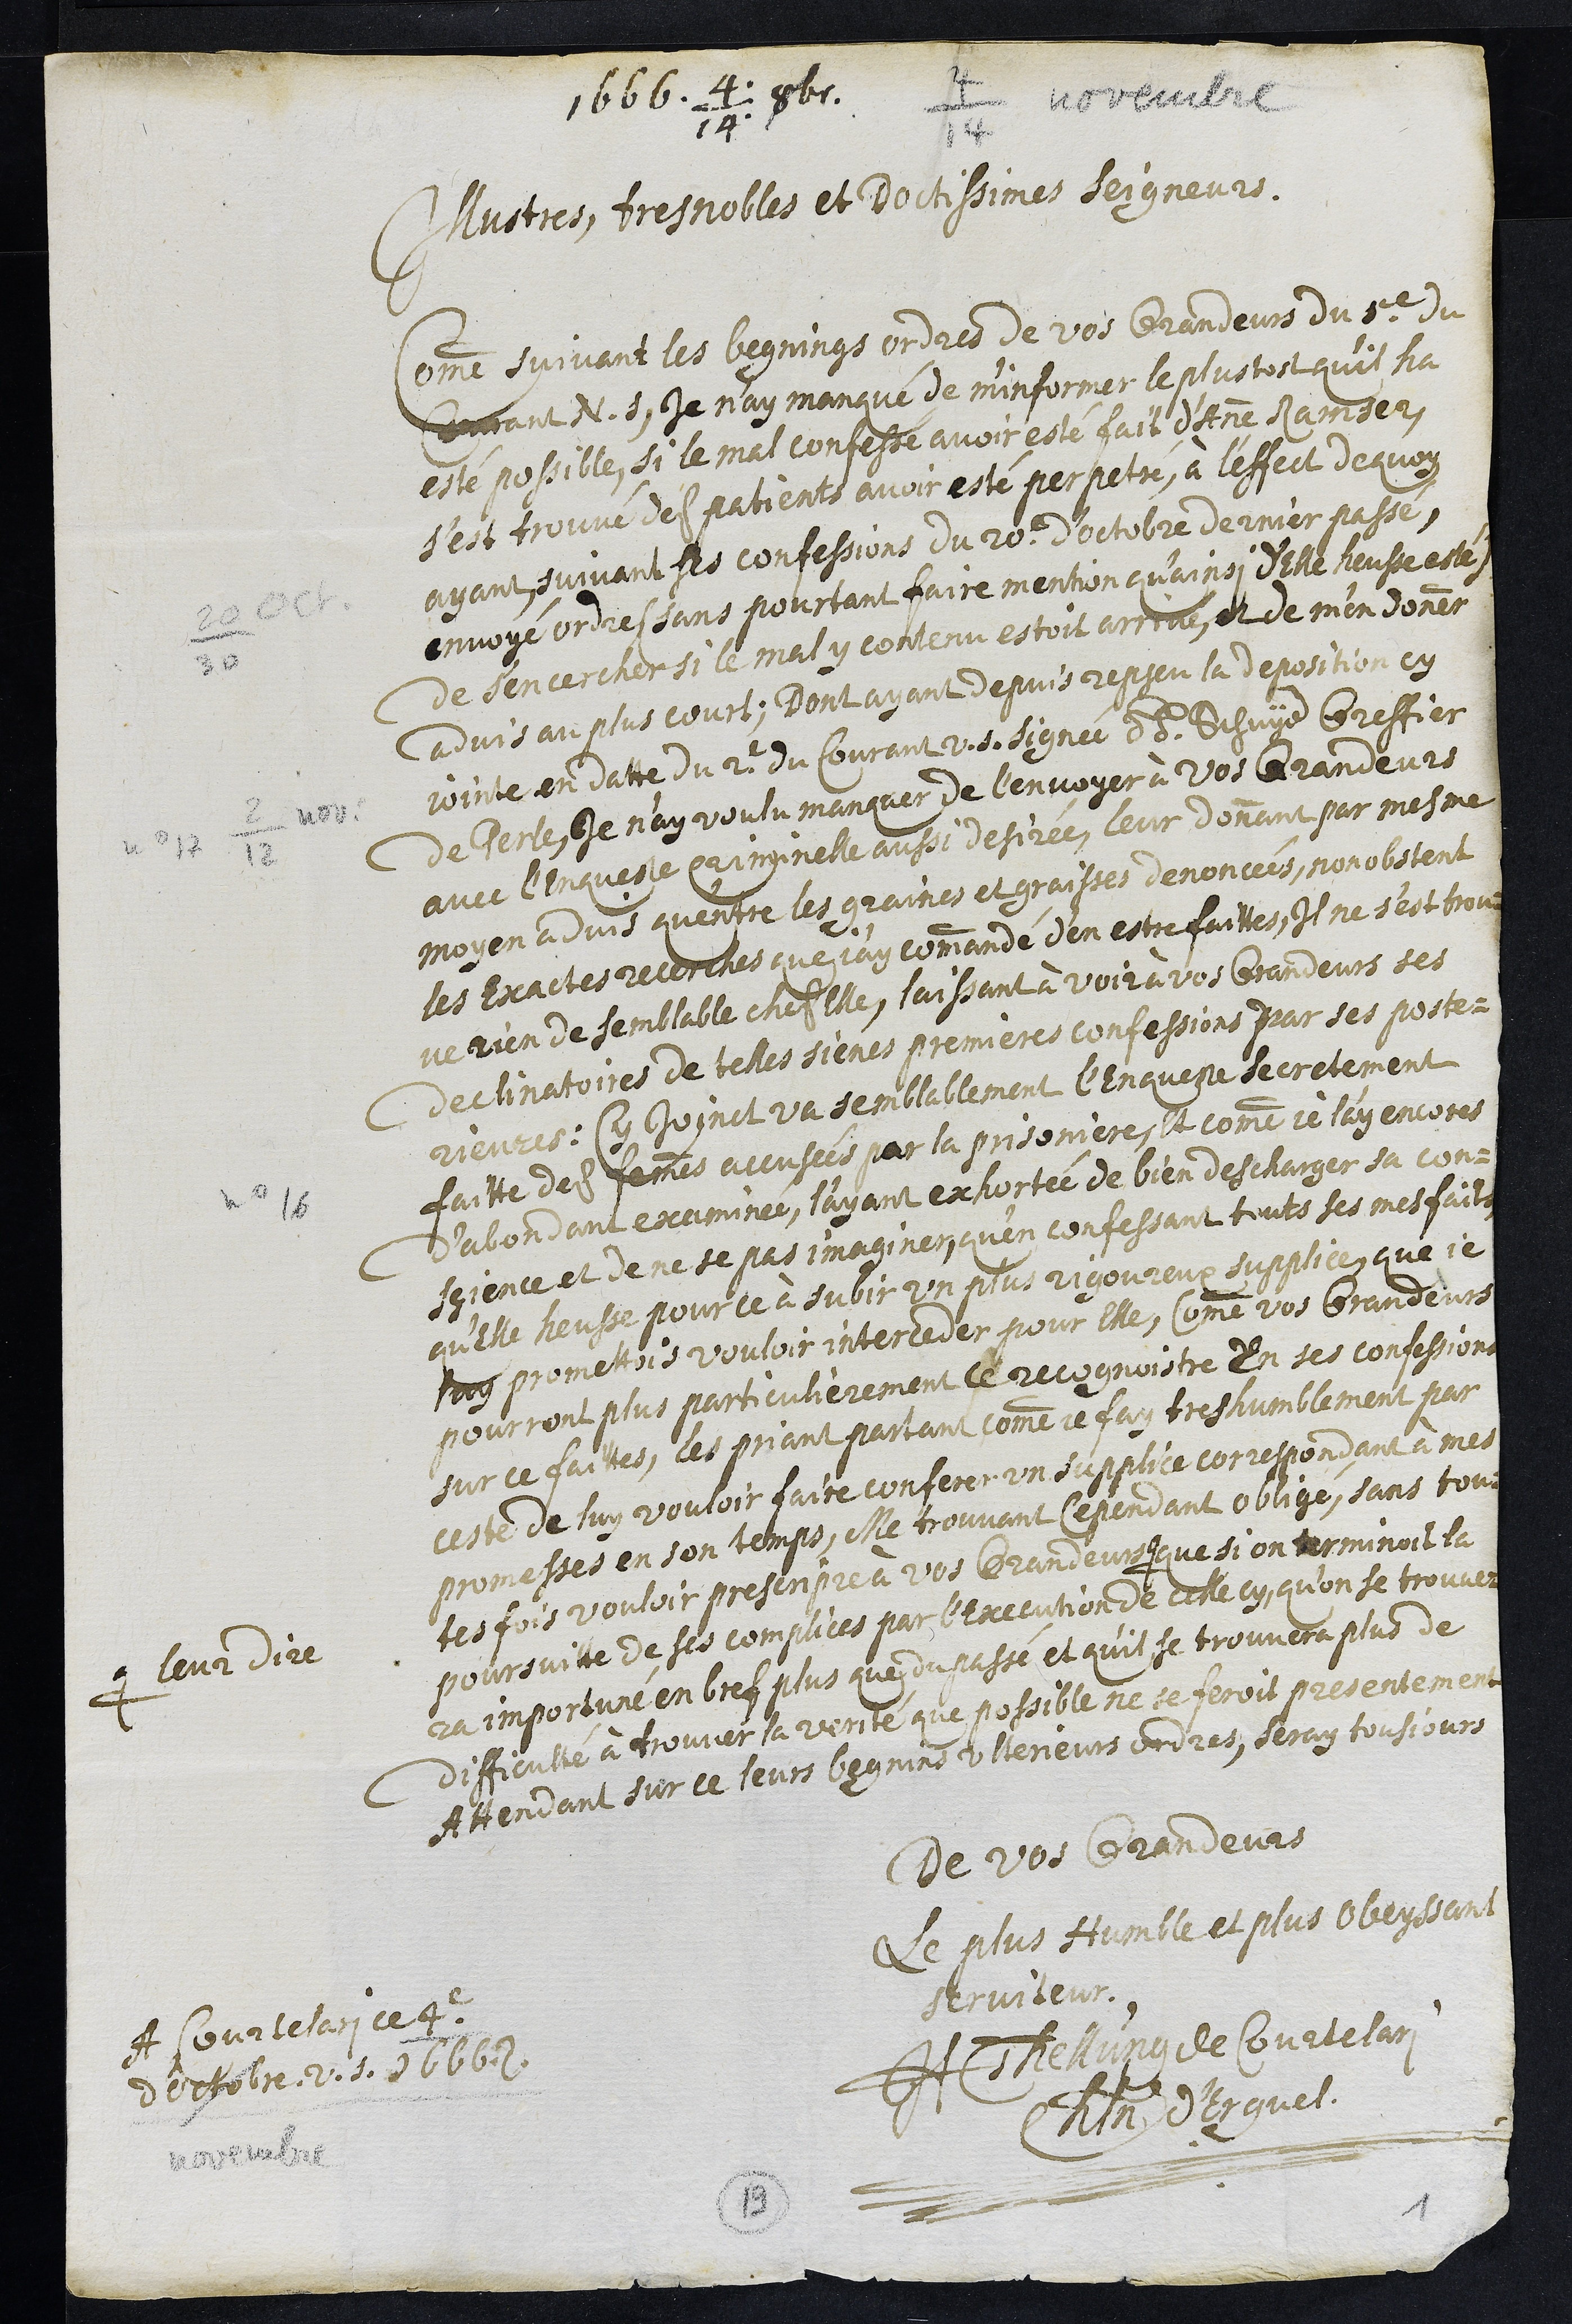
1666. 4/14 8br.
4/14 novembre
Illustres, tres Nobles et Doctissimes Seigneurs.
Comme suivant les begnings ordres de vos Grandeurs du 5e du
Courant N. S., Je n'ay manqué de m'informer le plustost qu'il ha
esté possible, si le mal confessé avoir esté fait d'Anne Ramser,
s'est trouvé des patients avoir esté perpetré, à l'effect de quoy
ayant, suivant ses confessions du 20e d'octobre dernier passé,
20/30 octobre
envoyé ordre (sans pourtant faire mention qu'ainsi d’Elle heusse esté)
de s'encercher si le mal y contenu estoit arrivé, et de m'en donner
advis au plus court; Dont ayant depuis ressu la deposition cy
jointe en datte du 2e du Courant v.s. signé ss. Schnyder Greffier
no 17 2/12 nov.
de Perle, Je n'ay voulu manquer de l'envoyer à Vos Grandeurs
avec l'Enqueste criminelle aussi desirée, leur donnant par mesme
moyen advis qu'entre les graines et graisses denoncées, nonobstant
les Exactes recerches que j'ay commandé d'en estre faittes, Il ne s'est trou¬
ve rien de semblable ches Elle, laissant à voir a vos Grandeurs ses
declinatoires de telles sienes premieres confessions par ses poste¬
rieures. Cy Joinct va semblablement l’Enqueste secretement
no 16
faitte des femmes accusées par la prisoniere, Et comme je l'ay encores
d'abondant examinée, l'ayant exhortée de bien descharger sa con¬
sçience et de ne se pas imaginer, qu'en confessant touts ses mesfaits,
qu’elle heusse pour ce à subir un plus rigoureux supplice, que je
luy promettois vouloir interceder pour Elle, Comme vos Grandeurs
pourront plus particulièrement le recognoistre En ses confessions
sur ce faittes, les priant partant comme je fay tres humblement par
ceste de luy vouloir faire conferer un supplice correspondant à mes
promesses en son temps, Me trouvant rependant obligé, sans tou¬
tes fois vouloir presenpre à vos Grandeurs #
# leur dire
que si on terminoit la
poursuitte de ses complices par l'Execution de celle cy, quon se trouve¬
ra importuné en bref plus que du passé et qu'il se trouvera plus de
difficulté à trouver la verité que possible ne se feroit presentement
attendant sur ce leurs begnins ulterieurs ordres, seray tousjours
de vos Grandeurs
Le plus Humble et plus obeyssant
serviteur
H Tellung de Courtelary
Chatelain d'Erguel.
A Courtelari ce 4e
d'octobre v. s. 1666
novembre
19
1